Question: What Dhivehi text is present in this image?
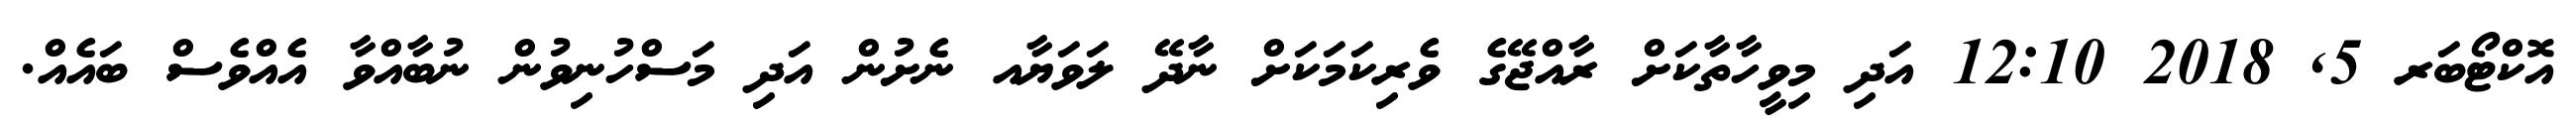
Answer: އޮކްޓޯބަރ 5, 2018 12:10 އަދި މިވީހާތާކަށް ރާއްޖޭގެ ވެރިކަމަކަށް ނާދޭ ލަވަޔާއ ނެށުން އަދި މަސްހުނިވުން ނުބާއްވާ އެއްވެސް ބައެއް.